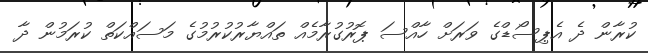
ކުރާން ދެ އެޕިސޯޑްގެ ވަރަށް ހާއްސަ ޕޮރުގުރާމެއް ތައްޔާރުކުރުމުގެ މަސައްކަތް ކުރަމުން ދާ